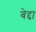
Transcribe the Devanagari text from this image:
बेद्दा